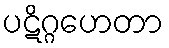
ပဋိဂ္ဂဟေတာ